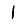
Digit: 1